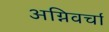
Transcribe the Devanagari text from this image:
अग्निवर्चा